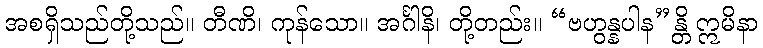
အစရှိသည်တို့သည်။ တီဏိ၊ ကုန်သော။ အင်္ဂါနိ၊ တို့တည်း။ “ဗဟွန္နပါန”န္တိ ဣမိနာ